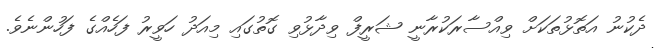
ދެކުނު އަތޮޅުތަކަށް ވިއްސާރަކުރާނީ ޝަރީފް ވިދާޅުވި ގޮތުގައި މިއަދު ހަވީރު ފަހެއްގެ ފަހުންނެވެ.